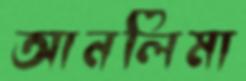
আনলিমা